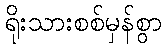
ရိုးသားစစ်မှန်စွာ